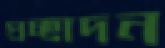
প্রচ্ছাদন